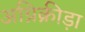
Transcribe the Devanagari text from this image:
अग्निक्रीड़ा